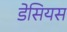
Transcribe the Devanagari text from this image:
डेसियस